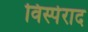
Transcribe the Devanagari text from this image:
विस्पेराद